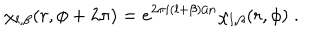
\chi _ { l , \beta } ( r , \phi + 2 \pi ) = e ^ { 2 \pi i ( l + \beta ) / n } \chi _ { l , \beta } ( r , \phi ) \; .